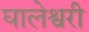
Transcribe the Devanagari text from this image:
घालेश्वरी